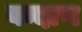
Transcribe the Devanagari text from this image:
बन्दाण